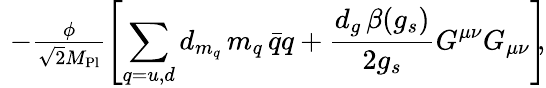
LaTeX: \begin{array}{r}{\! \! \! \! \! \! \! \! \! \! \mathcal{L}\supset-\frac{\phi}{\sqrt{2}M_{\mathrm{Pl}}}\left[\displaystyle\sum_{q=u,d}d_{m_{q}}\, m_{q}\, \bar{q}q+\frac{d_{g}\, \beta(g_{s})}{2g_{s}}G^{\mu\nu}G_{\mu\nu}\right]\! \! ,}\end{array}